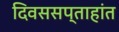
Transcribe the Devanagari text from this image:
दिवससप्ताहांत